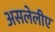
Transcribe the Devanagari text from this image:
असलेलीए